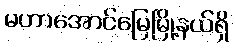
မဟာအောင်မြေမြို့နယ်ရှိ